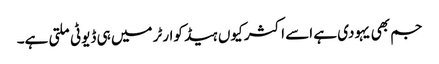
جم بھی یہودی ہے اسے اکثر کیوں ہیڈ کوارٹر میں ہی ڈیوٹی ملتی ہے۔